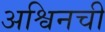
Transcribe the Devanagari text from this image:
अश्विनची